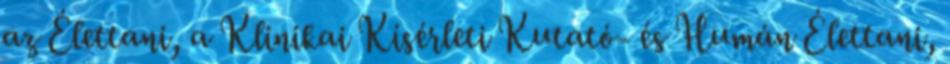
az Élettani, a Klinikai Kísérleti Kutató- és Humán Élettani,